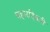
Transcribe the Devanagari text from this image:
चहारदिवारी